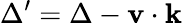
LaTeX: \Delta^{\prime}=\Delta-\textbf{v}\cdot{}\textbf{k}